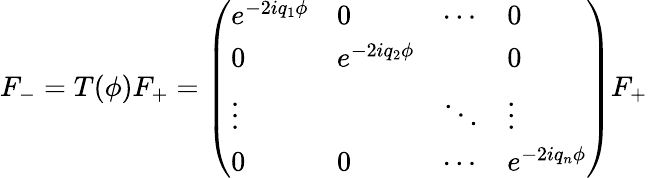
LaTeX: F_{-}=T(\phi)F_{+}=\left(\begin{array}{llll}{{e^{-2iq_{1}\phi}}}&{{0}}&{{\cdots}}&{{0}}\\ {{0}}&{{e^{-2iq_{2}\phi}}}&{{}}&{{0}}\\ {{\vdots}}&{{}}&{{\ddots}}&{{\vdots}}\\ {{0}}&{{0}}&{{\cdots}}&{{e^{-2iq_{n}\phi}}}\end{array}\right)F_{+}